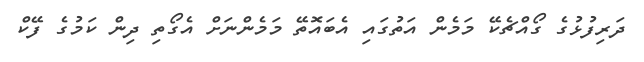
ދަރިފުޅުގެ ގޯއްޗެކޭ މަމެން އަތުގައި އެބައޮތޭ މަމެންނަށް އެގޯތި ދިން ކަމުގެ ފޭކް